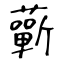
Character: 蘄